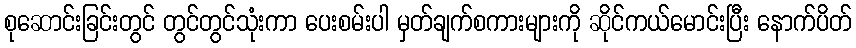
စုဆောင်းခြင်းတွင် တွင်တွင်သုံးကာ ပေးစမ်းပါ မှတ်ချက်စကားများကို ဆိုင်ကယ်မောင်းပြီး နောက်ပိတ်